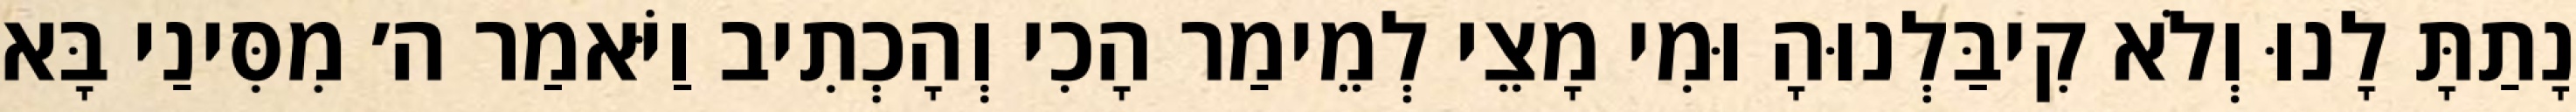
נָתַתָּ לָנוּ וְלֹא קִיבַּלְנוּהָ וּמִי מָצֵי לְמֵימַר הָכִי וְהָכְתִיב וַיֹּאמַר ה׳ מִסִּינַי בָּא